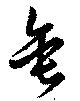
垂